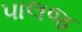
પાલજ